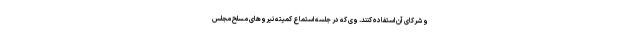
و شرکای آن استفاده کنند. وی که در جلسه استماع کمیته نیروهای مسلح مجلس